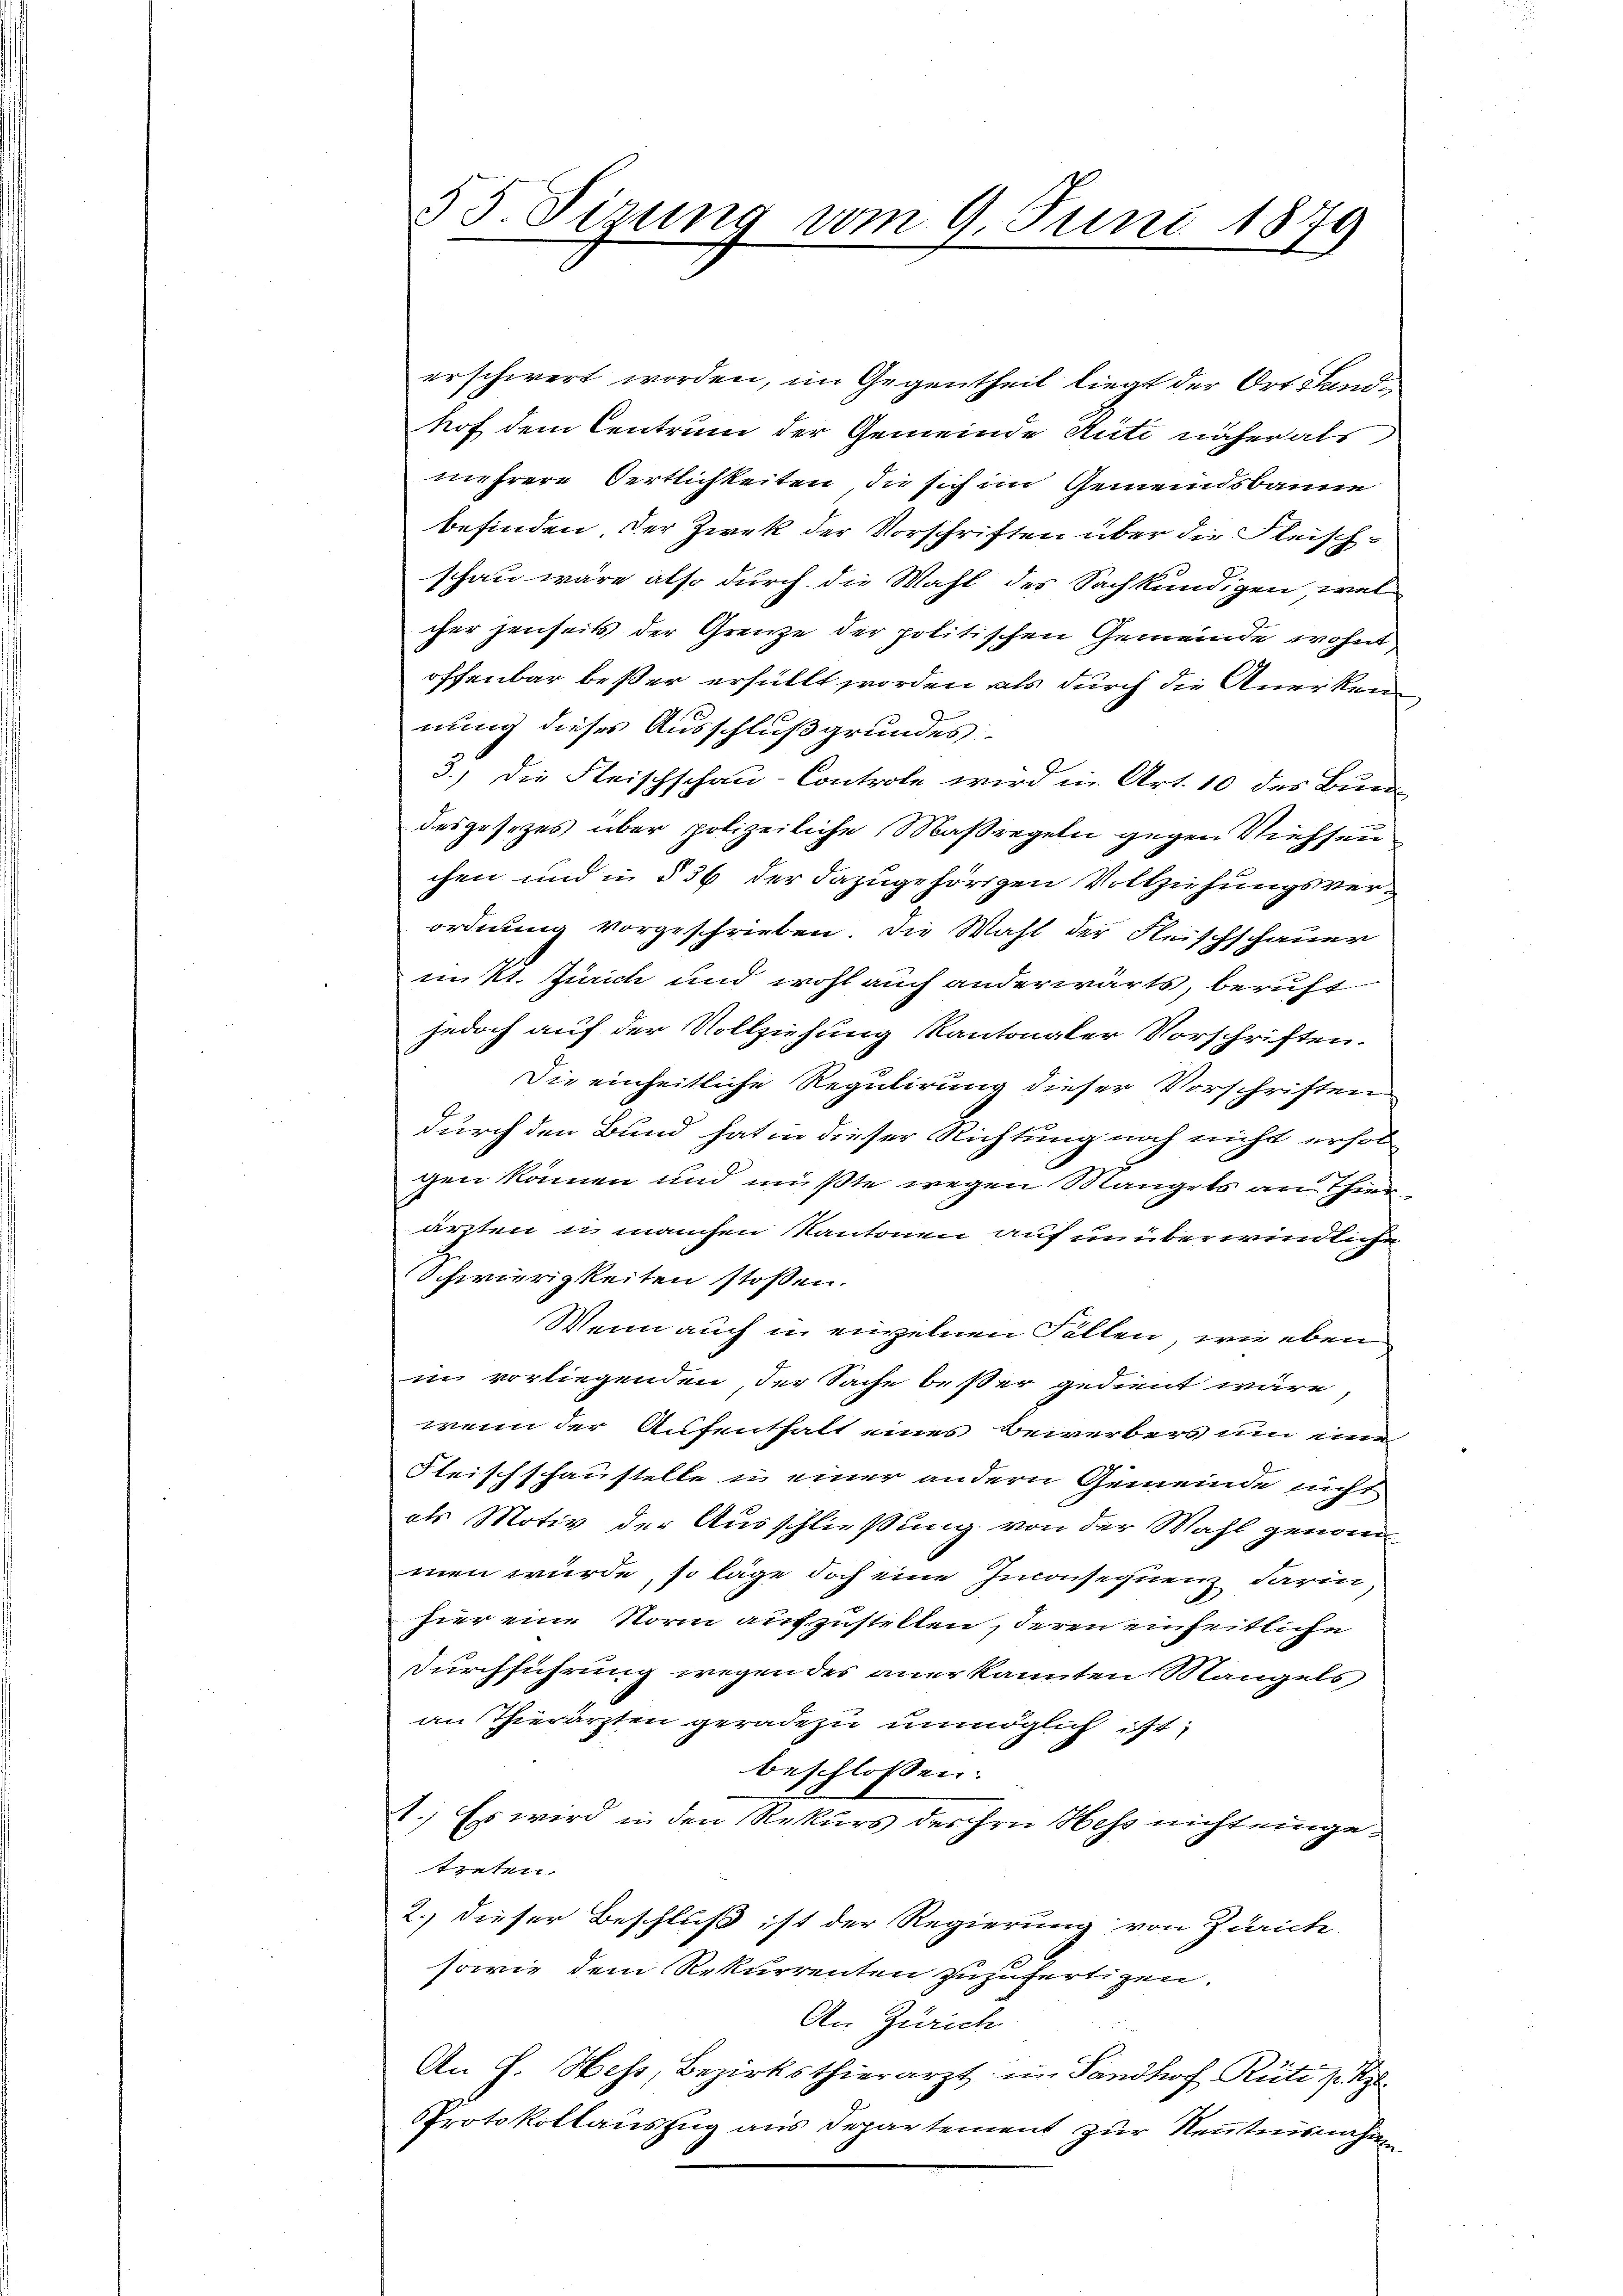
55 Firung vom 9. Juni 1879

erschwert worden, im Gegentheil liegt der Ort Landhof dem Centrum der Gemeinde Anti näher als
mehrere Oertlichkeiten, die sich im Gemeindsbanne
befinden. Der Zwek der Vorschriften über die Fleischschau wäre also durch die Wahl des Sachkundigen wel
cher jenseits der Grenze der politischen Gemeinde wohnt
offenbar beßer erfüllt worden als durch die Anerken
nung dieses Ausschluß grundes
3.) Die Fleischschau-Controle wird in Art. 10 des Bun
desgesezes über polizeiliche Maßregeln gegen Viehseu
chen und in § 36 der dazugehörigen Vollziehungsverordnung vorgeschrieben. Die Wahl der Fleischschauer
inkt. Zürich und wohl auch anderwärts, beruht
jedoch auf der Vollziehung kantonaler Vorschriften.
Die einheitliche Regulirung dieser Vorschriften
durch den Bund hat in dieser Richtung noch nicht erhol
gen können und mußte wegen Mangels an Thier
ärzten in manchen Kantonen auf unüberwindliche
Schwierigkeiten stoßen.
Wenn auch in einzelnen Fallen, wie eben
in vorliegenden, der Sache beßer gedient wäre,
wenn der Aufenthalt eines Bewerbers um eine
Fleischschaustelle in einer andern Gemeinde nicht
als Motiv der Ausschließung von der Wahl genommen würde, so läge doch eine Inconsequenz darin
hier eine Norm aufzustellen, deren einheitliche
Durchführung wegendes anerkannten Mangels
an Thierärzten geradezu unmöglich ist
beschlossen:
1.) Es wird in den Rekurs der ihre Hess nicht eingetreten.
2.) dieser Beschluß ist der Regierung von Zurücke
sowie dem Rekurrenten zuzufertigen.
An Zürich
An F. Hess, Bezirksthierarzt im Sandhof Rüti p. z
PProtokollauszug aus Departement zur Nenntnisnahmen